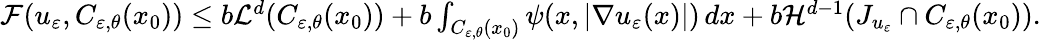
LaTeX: \begin{array}{r}{\mathcal{F}(u_{\varepsilon},C_{\varepsilon,\theta}(x_{0}))\leq b\mathcal{L}^{d}(C_{\varepsilon,\theta}(x_{0}))+b\int_{C_{\varepsilon,\theta}(x_{0})}\psi(x,|\nabla u_{\varepsilon}(x)|)\, dx+b\mathcal{H}^{d-1}(J_{u_{\varepsilon}}\cap C_{\varepsilon,\theta}(x_{0})).}\end{array}